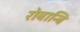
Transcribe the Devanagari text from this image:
रोबान्बि